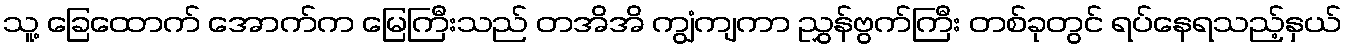
သူ့ ခြေထောက် အောက်က မြေကြီးသည် တအိအိ ကျွံကျကာ ညွှန်ဗွက်ကြီး တစ်ခုတွင် ရပ်နေရသည့်နှယ်